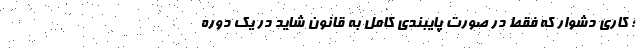
؛ کاری دشوار که فقط در صورت پایبندی کامل به قانون شاید در یک دوره